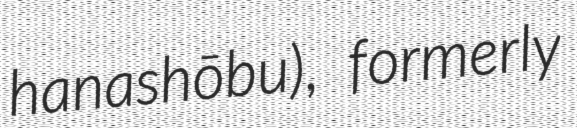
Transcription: hanashōbu), formerly